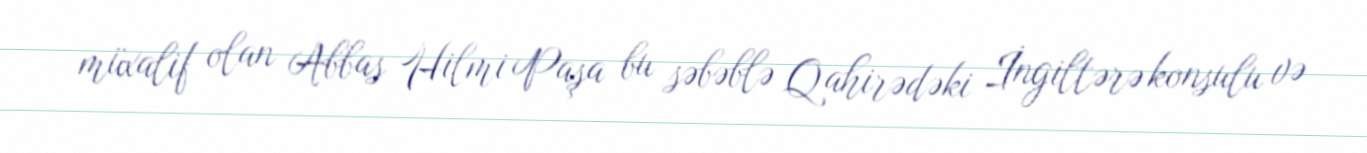
müxalif olan Abbas Hilmi Paşa bu səbəblə Qahirədəki İngiltərə konsulu və